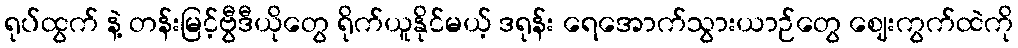
ရုပ်ထွက် နဲ့ တန်းမြင့်ဗွီဒီယိုတွေ ရိုက်ယူနိုင်မယ့် ဒရုန်း ရေအောက်သွားယာဉ်တွေ ဈေးကွက်ထဲကို